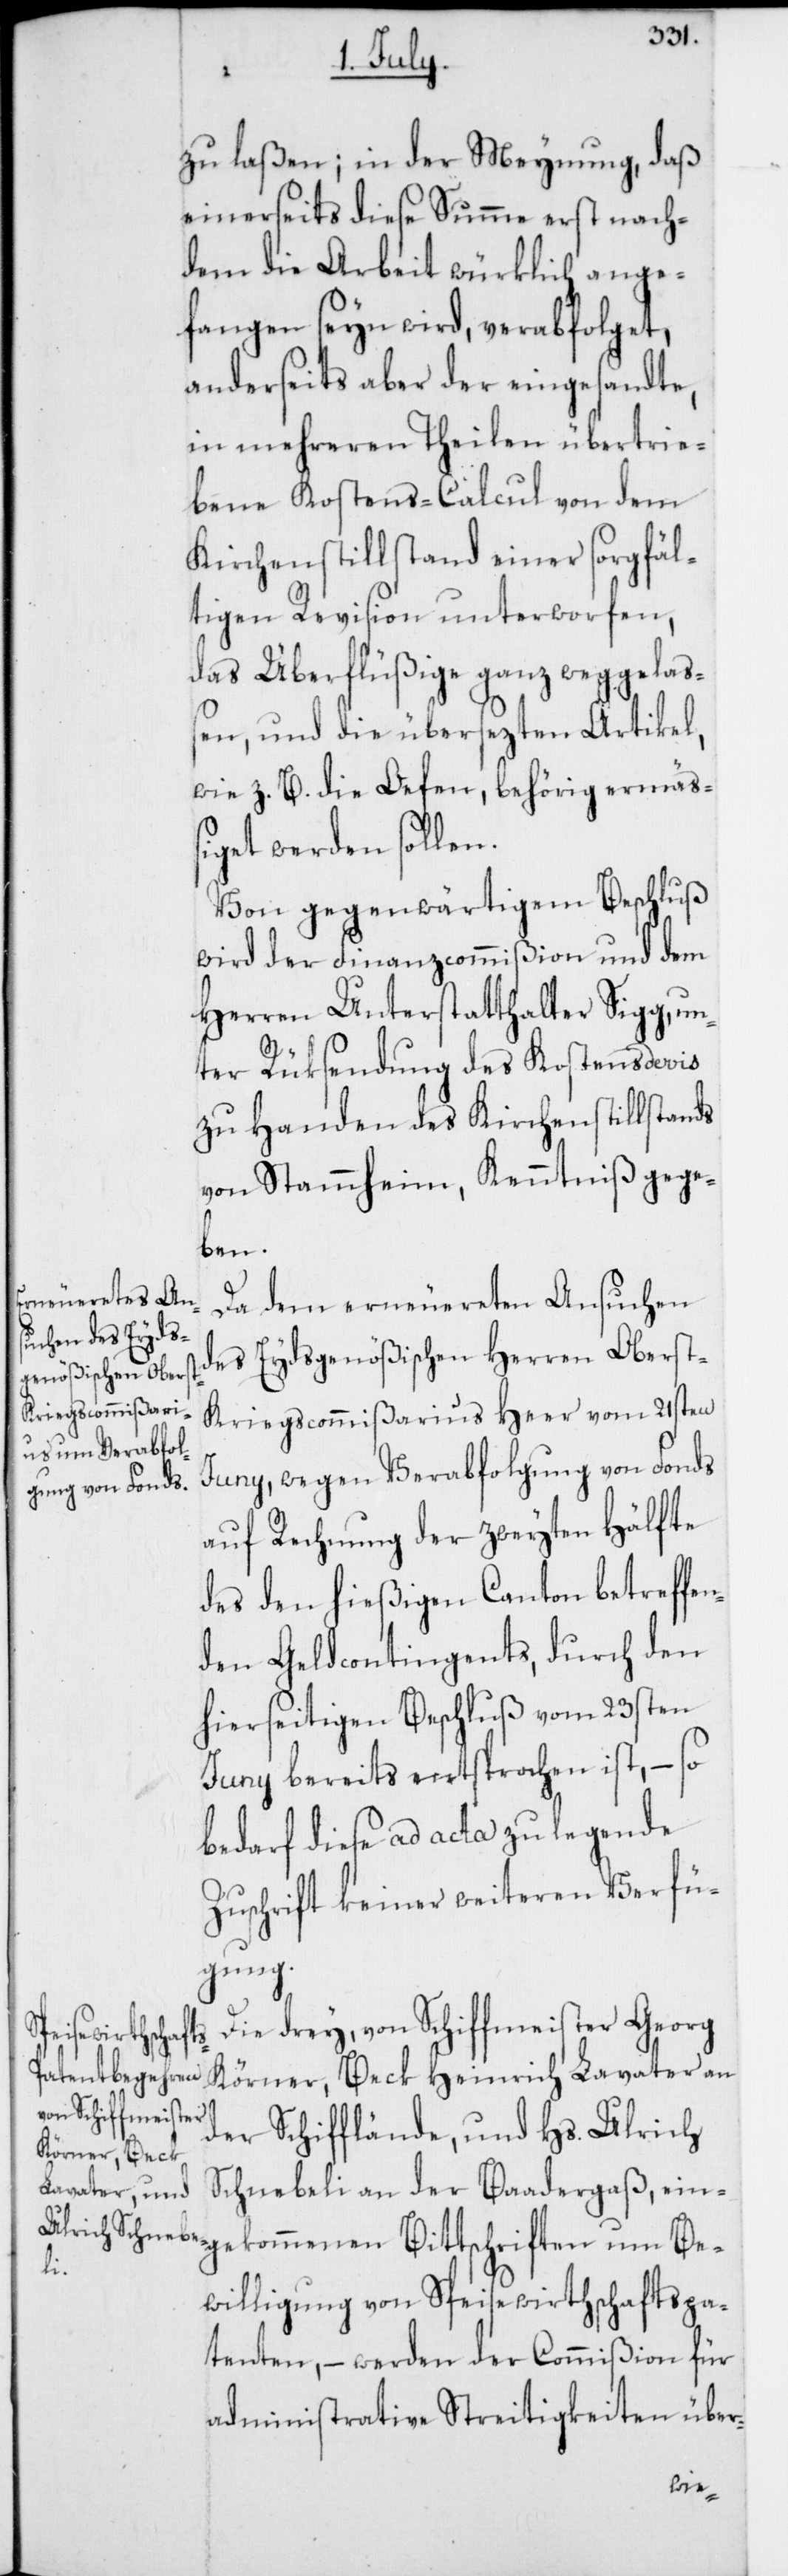
zu laßen; in der Meynung, daß
einerseits diese Summe erst nach¬
dem die Arbeit würklich ange¬
fangen seyn wird, verabfolget,
anderseits aber der eingesandte,
in mehreren Theilen übertrie¬
bene Kostens-Calcul von dem
Kirchenstillstand einer sorgfäl¬
tigen Revision unterworfen,
das Überflüßige ganz weggelaß¬
en, und die übersezten Artikel,
wie z. B. die Oefen, behörig ermäß¬
iget werden sollen.
Von gegenwärtigem Beschluß
wird der Finanzcommißion und dem
Herren Unterstatthalter Sigg, un¬
ter Rüksendung des Kostensdevis
zu Handen des Kirchenstillstands
von Stammheim, Kenntniß gege¬
ben.
Da dem erneuereten Ansuchen
des Eydsgenößischen Herren Oberst-K¬
riegscommißarius Heer vom 21sten
Juny, wegen Verabfolgung von Fonds
auf Rechnung der zweyten Hälfte
des den hießigen Canton betreffe¬
nden Geldcontingents, durch den
hierseitigen Beschluß vom 23sten
Juny bereits entsprochen ist, – so
bedarf diese ad acta zu legende
Zuschrift keiner weiteren Verfü¬
gung.
Die drey, von Schiffmeister Georg
Bittschriften
Körner, Beck Heinrich Lavater an
der Schifflände, und Hs. Ulrich
Schnebeli an der Baadergaß, ein¬
willigung von Speisewirthschaftspa¬
tenten, – werden der Commißion für
administrative Streitigkeiten über-
Be¬